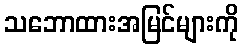
သဘောထားအမြင်များကို